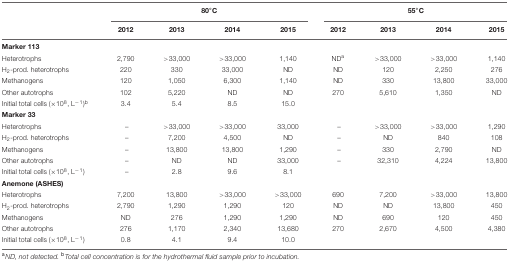
|  | <COLSPAN=4> 80°C | <COLSPAN=4> 55°C |
 |  | 2012 | 2013 | 2014 | 2015 | 2012 | 2013 | 2014 | 2015 |
 | --- | --- | --- | --- | --- | --- | --- | --- | --- |
 | Marker 113 |  |  |  |  |  |  |  |  |
 | Heterotrophs | 2,790 | >33,000 | >33,000 | 1,140 | NDa | >33,000 | >33,000 | 1,140 |
 | H2-prod. heterotrophs | 220 | 330 | 33,000 | ND | ND | 120 | 2,250 | 276 |
 | Methanogens | 120 | 1,050 | 6,300 | 1,140 | ND | 330 | 13,800 | 33,000 |
 | Other autotrophs | 102 | 5,220 | ND | ND | 270 | 5,610 | 1,350 | ND |
 | Initial total cells (×108, L-1)b | 3.4 | 5.4 | 8.5 | 15.0 |  |  |  |  |
 | Marker 33 |  |  |  |  |  |  |  |  |
 | Heterotrophs | – | >33,000 | >33,000 | 33,000 | – | >33,000 | >33,000 | 1,290 |
 | H2-prod. heterotrophs | – | 7,200 | 4,500 | ND | – | ND | 840 | 108 |
 | Methanogens | – | 13,800 | 13,800 | 1,290 | – | 330 | 2,790 | ND |
 | Other autotrophs | – | ND | ND | 33,000 | – | 32,310 | 4,224 | 13,800 |
 | Initial total cells (×108, L-1) | – | 2.8 | 9.6 | 8.1 |  |  |  |  |
 | Anemone (ASHES) |  |  |  |  |  |  |  |  |
 | Heterotrophs | 7,200 | 13,800 | >33,000 | >33,000 | 690 | 7,200 | >33,000 | 13,800 |
 | H2-prod. heterotrophs | 2,790 | 1,290 | 1,290 | 120 | ND | ND | 13,800 | 450 |
 | Methanogens | ND | 276 | 1,290 | 1,290 | ND | 690 | 120 | 450 |
 | Other autotrophs | 276 | 1,170 | 2,340 | 13,680 | 270 | 2,670 | 4,500 | 4,380 |
 | Initial total cells (×108, L-1) | 0.8 | 4.1 | 9.4 | 10.0 |  |  |  |  |